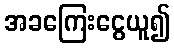
အခကြေးငွေယူ၍